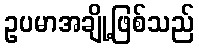
ဥပမာအချို့ဖြစ်သည်